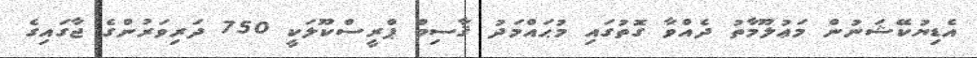
އެޑިޔުކޭޝަނުން މަޢުލޫމާތު ދެއްވާ ގޮތުގައި މުޙައްމަދު ޤާސިމް ޕްރީސްކޫލަކީ 750 ދަރިވަރުންގެ ޖާގައިގެ